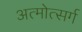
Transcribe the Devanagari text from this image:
अत्मोत्सर्ग